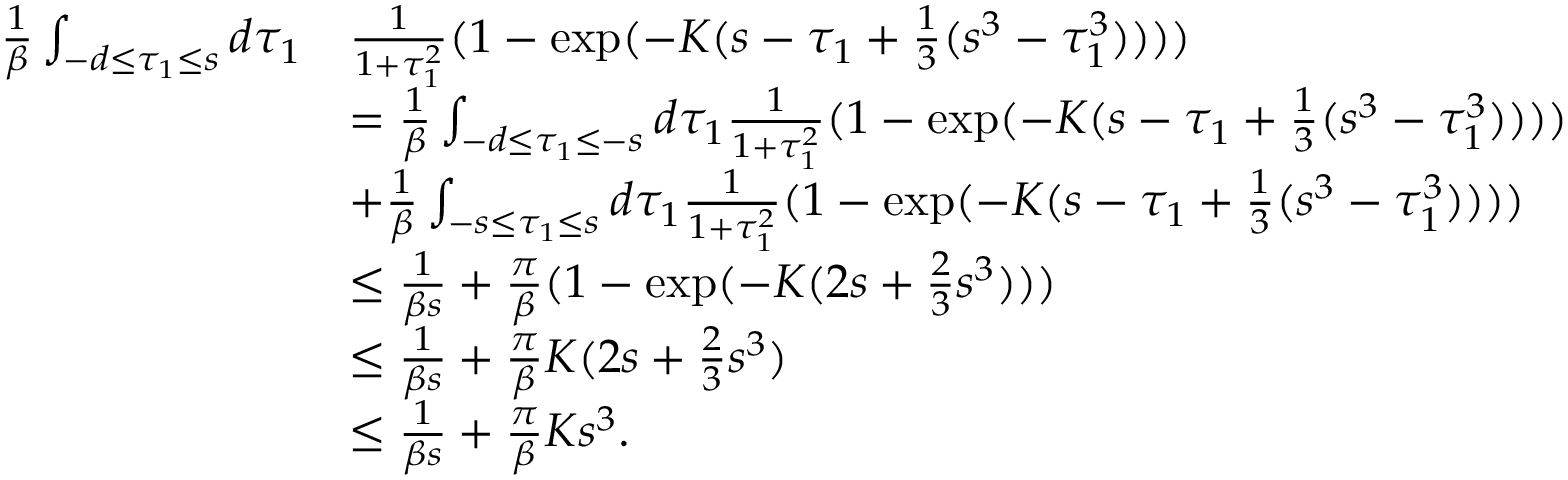
\begin{array} { r l } { \frac 1 \beta \int _ { - d \le \tau _ { 1 } \le s } d \tau _ { 1 } } & { \frac { 1 } { 1 + \tau _ { 1 } ^ { 2 } } ( 1 - \exp ( - K ( s - \tau _ { 1 } + \frac 1 3 ( s ^ { 3 } - \tau _ { 1 } ^ { 3 } ) ) ) ) } \\ & { = \frac 1 \beta \int _ { - d \le \tau _ { 1 } \le - s } d \tau _ { 1 } \frac { 1 } { 1 + \tau _ { 1 } ^ { 2 } } ( 1 - \exp ( - K ( s - \tau _ { 1 } + \frac 1 3 ( s ^ { 3 } - \tau _ { 1 } ^ { 3 } ) ) ) ) } \\ & { + \frac 1 \beta \int _ { - s \le \tau _ { 1 } \le s } d \tau _ { 1 } \frac { 1 } { 1 + \tau _ { 1 } ^ { 2 } } ( 1 - \exp ( - K ( s - \tau _ { 1 } + \frac 1 3 ( s ^ { 3 } - \tau _ { 1 } ^ { 3 } ) ) ) ) } \\ & { \le \frac 1 { \beta s } + \frac \pi \beta ( 1 - \exp ( - K ( 2 s + \frac 2 3 s ^ { 3 } ) ) ) } \\ & { \le \frac 1 { \beta s } + \frac \pi \beta K ( 2 s + \frac 2 3 s ^ { 3 } ) } \\ & { \le \frac 1 { \beta s } + \frac \pi \beta K s ^ { 3 } . } \end{array}